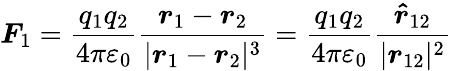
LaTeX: {\boldsymbol{F}}_{1}={\frac{q_{1}q_{2}}{4\pi\varepsilon_{0}}}{\frac{{\boldsymbol{r}}_{1}-{\boldsymbol{r}}_{2}}{|{\boldsymbol{r}}_{1}-{\boldsymbol{r}}_{2}|^{3}}}={\frac{q_{1}q_{2}}{4\pi\varepsilon_{0}}}{\frac{{\boldsymbol{\hat{r}}}_{12}}{|{\boldsymbol{r}}_{12}|^{2}}}